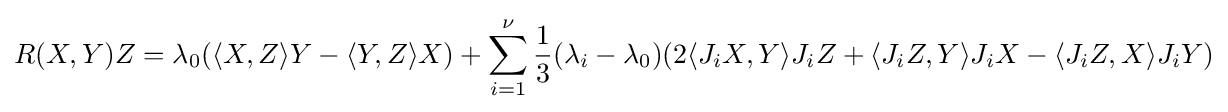
R(X,Y)Z=\lambda _{0}(\langle X,Z\rangle Y-\langle Y,Z\rangle X)+\sum _{i=1}^{\nu }{\frac {1}{3}}(\lambda _{i}-\lambda _{0})(2\langle J_{i}X,Y\rangle J_{i}Z+\langle J_{i}Z,Y\rangle J_{i}X-\langle J_{i}Z,X\rangle J_{i}Y)